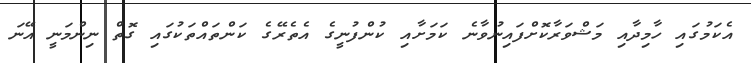
އެކަމުގައި ހާމިދާއި މަޝްވަރާކޮށްފައިނުވާނެ ކަމަށާއި ކުންފުނީގެ އެތެރޭގެ ކަންތައްތަކުގައި ގޮތް ނިންމަނީ އޭނަ